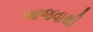
આજવાથી